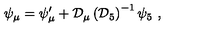
\psi _ { \mu } = \psi _ { \mu } ^ { \prime } + { \cal D } _ { \mu } \left( { \cal D } _ { 5 } \right) ^ { - 1 } \psi _ { 5 } \ ,